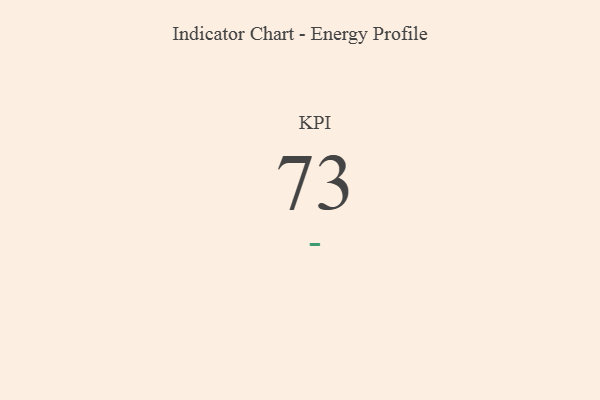
{"axis": {"x": "KPI", "y": "Value"}, "legend": [""], "data": [{"x": "KPI", "y": 73, "type": ""}]}